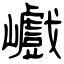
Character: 巇